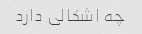
چه اشکالی دارد